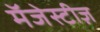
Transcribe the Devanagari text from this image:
मॅजेस्टीज़